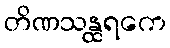
တိဏသန္ထရကေ